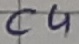
Text: C4